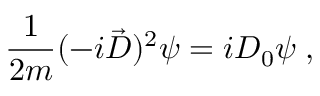
\frac { 1 } { 2 m } ( - i \vec { D } ) ^ { 2 } \psi = i D _ { 0 } \psi \; ,